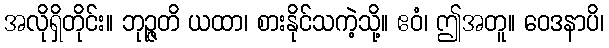
အလိုရှိတိုင်း။ ဘုဉ္ဇတိ ယထာ၊ စားနိုင်သကဲ့သို့။ ဧဝံ၊ ဤအတူ။ ဝေဒနာပိ၊